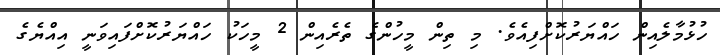
ހުޅުމާލެއިން ހައްޔަރުކޮށްފިއެވެ. މި ތިން މީހުންގެ ތެރެއިން 2 މީހަކު ހައްޔަރުކޮށްފައިވަނީ އިއްޔެގެ